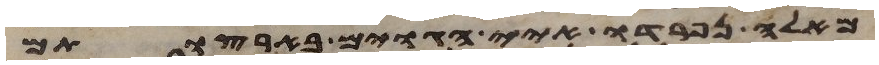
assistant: מאלה נפרדו איי הגוים בארצותם